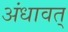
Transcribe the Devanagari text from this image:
अंधावत्